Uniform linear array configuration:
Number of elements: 16
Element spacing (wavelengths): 1
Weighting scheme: hamming
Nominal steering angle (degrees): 15
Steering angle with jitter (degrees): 15.702
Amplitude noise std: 0.05
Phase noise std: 0.05

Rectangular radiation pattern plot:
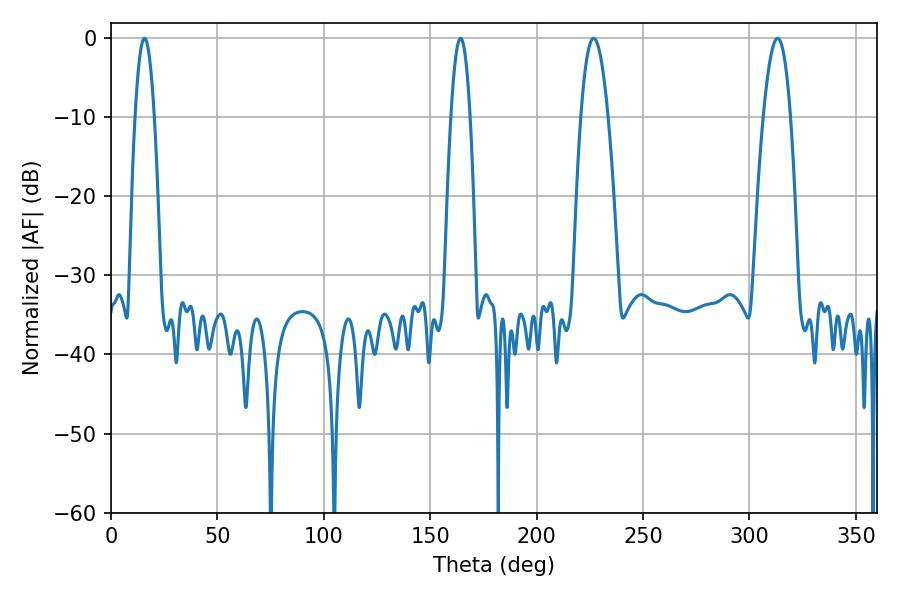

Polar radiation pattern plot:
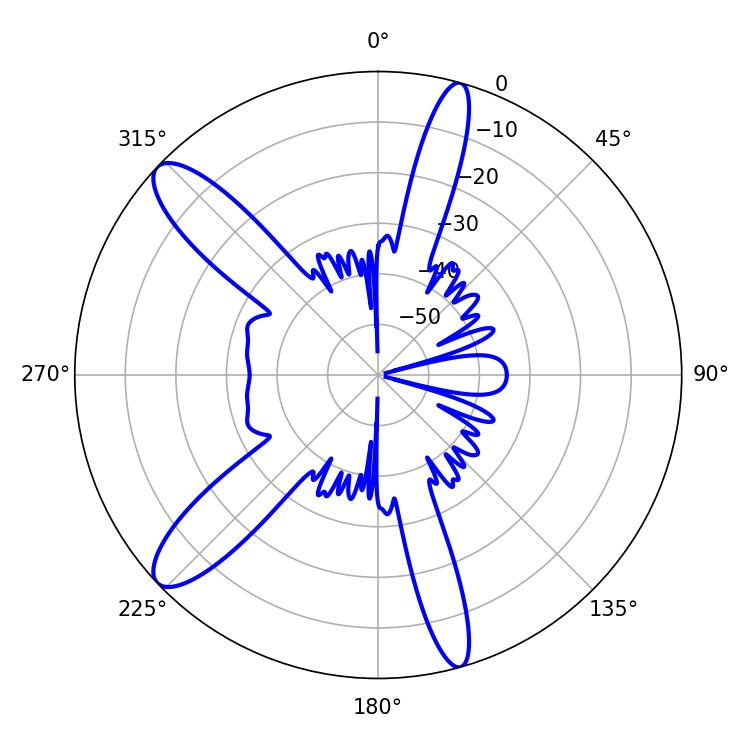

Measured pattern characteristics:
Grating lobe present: TRUE
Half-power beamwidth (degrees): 7.02
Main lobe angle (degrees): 226.8